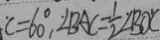
C = 6 0 ^ { \circ } , \angle B A C = \frac { 1 } { 2 } \angle B O C